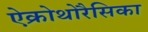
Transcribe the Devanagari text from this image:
ऐक्रोथोरैसिका